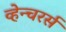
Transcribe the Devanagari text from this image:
व्हेन्चरर्स